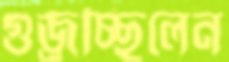
গুজ্‌রচ্ছিলেন